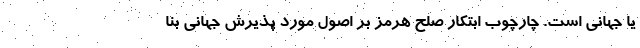
یا جهانی است. چارچوب ابتکار صلح هرمز بر اصول مورد پذیرش جهانی بنا